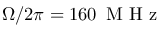
\Omega / 2 \pi = 1 6 0 \, \mathrm { ~ M ~ H ~ z ~ }